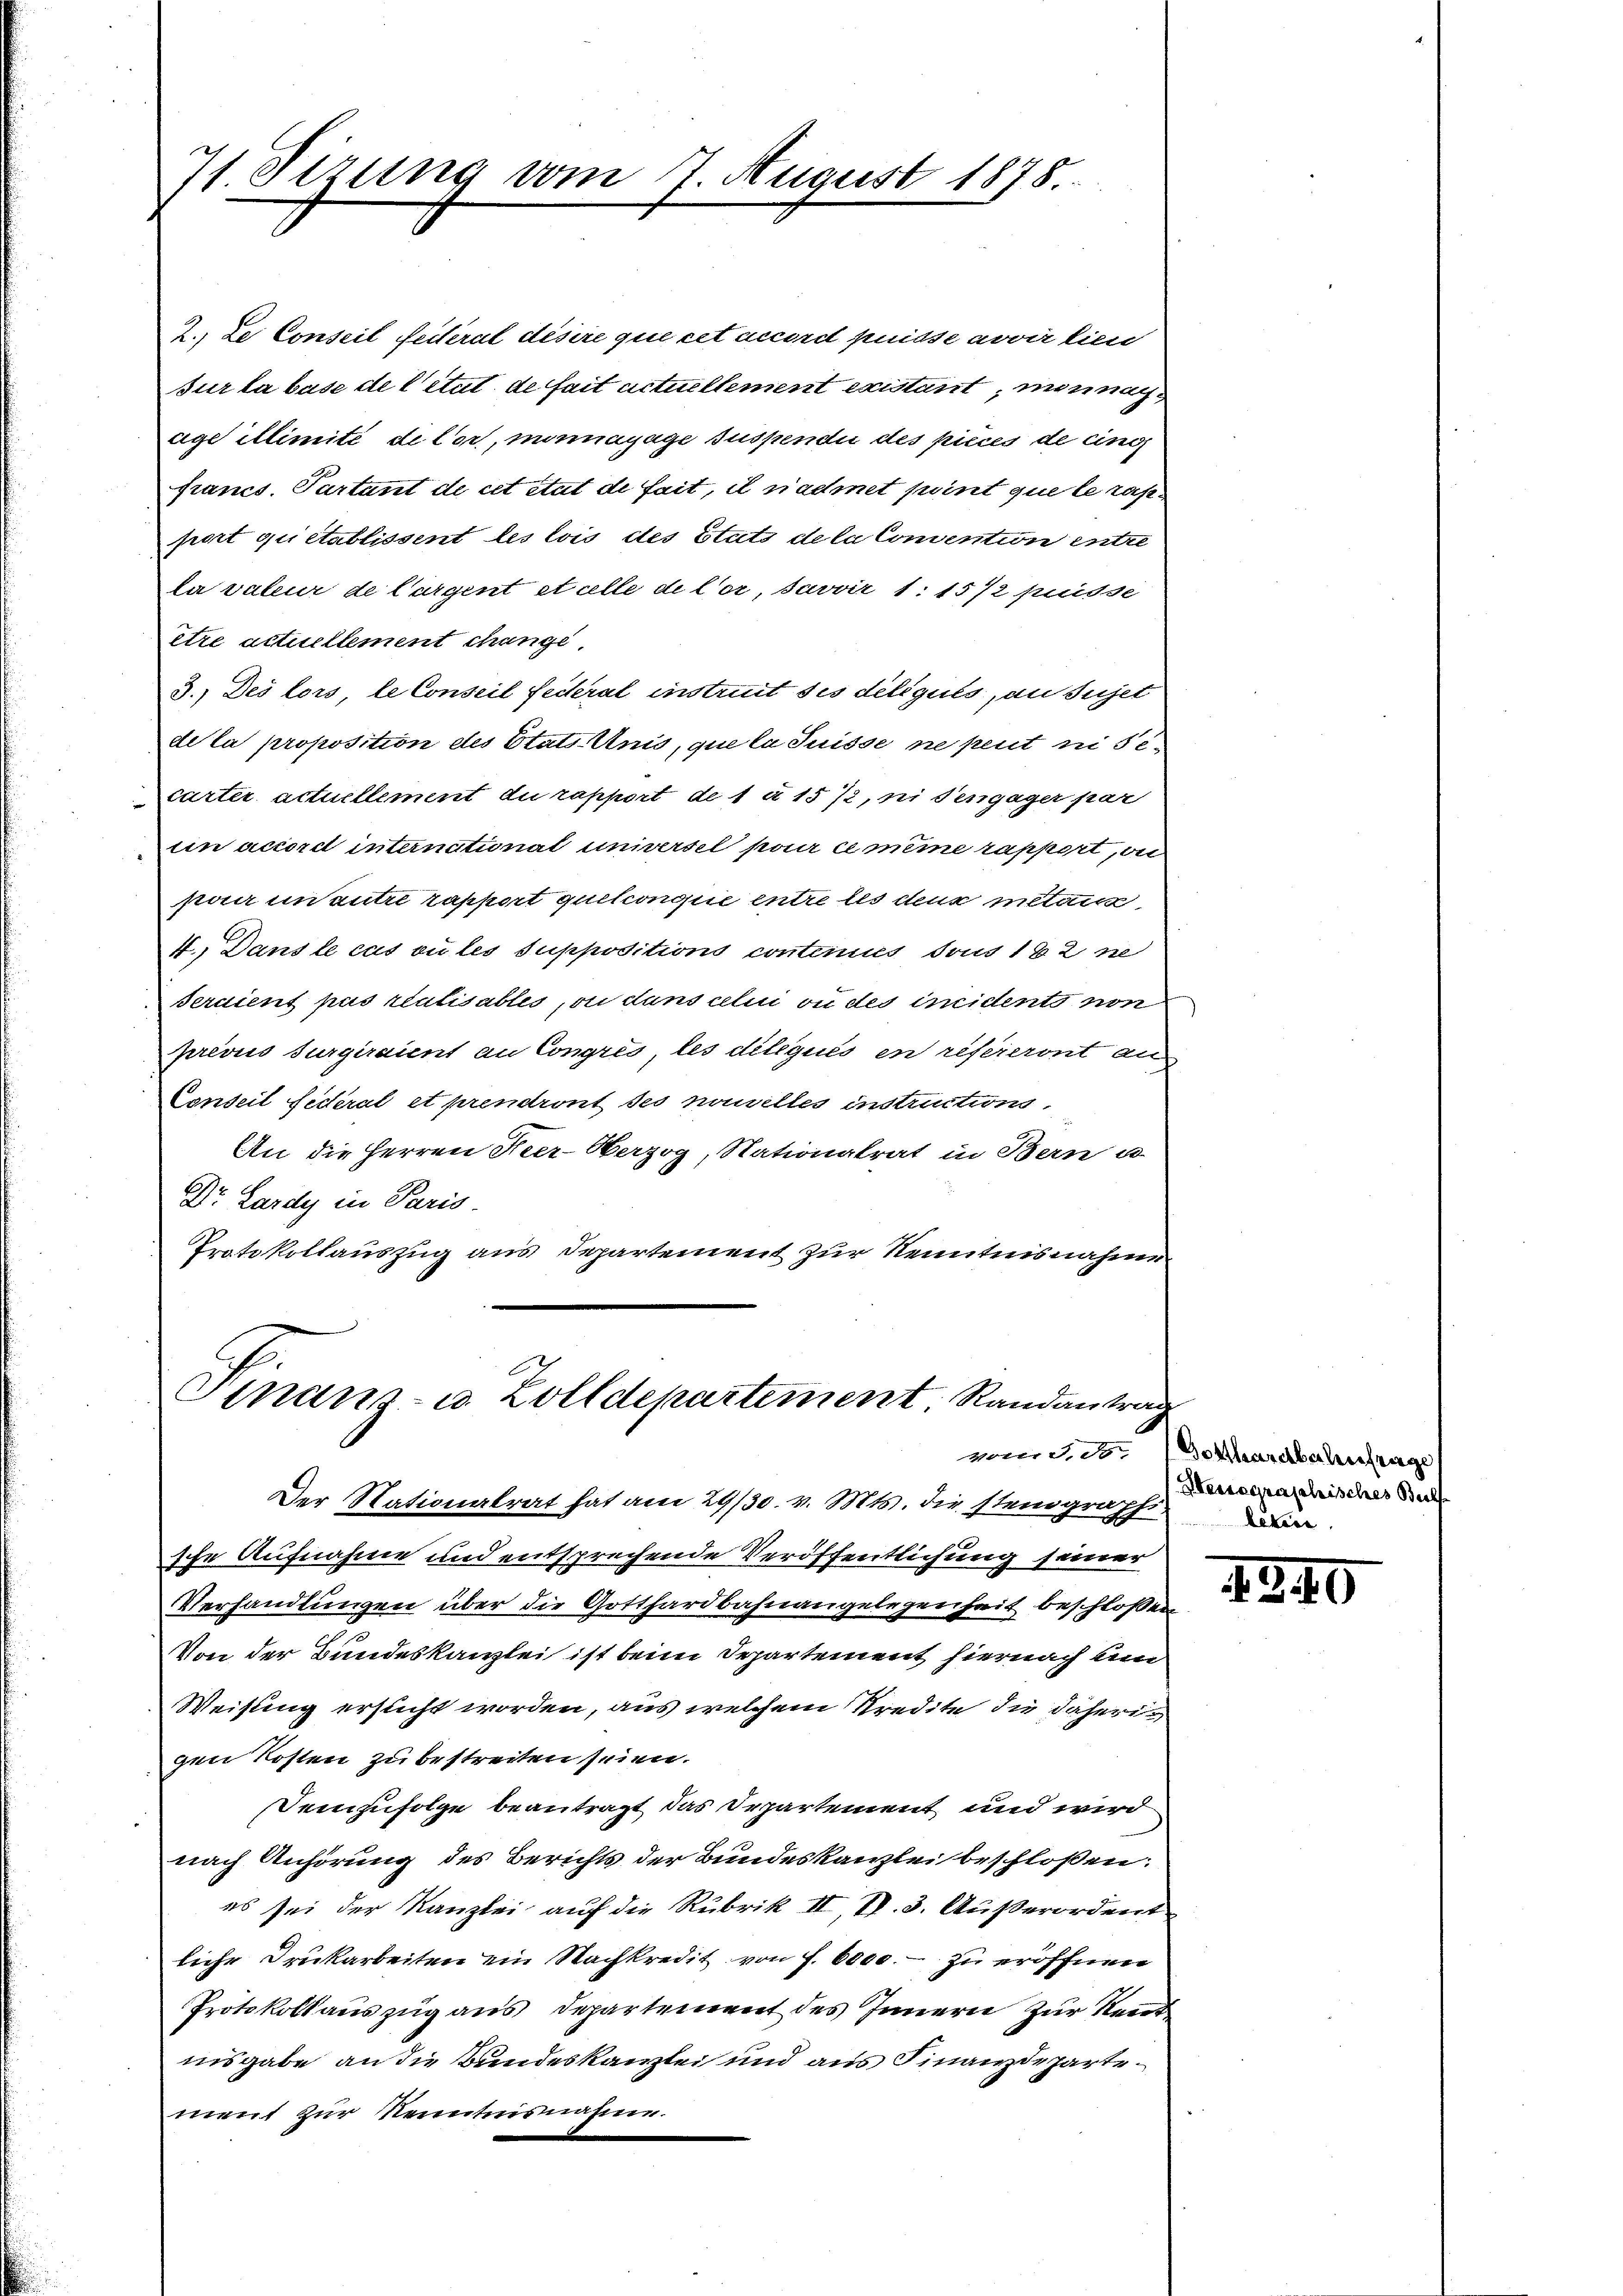
71. Sizung vom 7. August 1878

2. Le Conseil feiteral désire que cet accord puisse avoir lien
sur la base de litut de fait actuellement existant, mir nachuge illimité de Cor, minnayage suspendii des pieces de cing
francs. Partant de cet etut de fait, il nadmet point que le rasport qui établissent les lois des Stuts de la Convention entre
la valeur de Cargent et celle de Cor, Javvir 1: 1572 puisse
être actuellement change
3.) Des lors le Conseil feceral instruit ses délégués, an Sujet
de la proposition des Etats Anis, que la Suisse ne peut ni sicarter actuellement du rapport de 1 u 1572, ni dengager par
ein accord internationat universel par ce meine rapport, wei
pair unautre rapport quitconomie entre les deux metaus
4., Dans le cas ou les suppositions conteries dous 182 ne
seraient pas realisables, ou dans celui on des ineidents non
prévus surgiraient an Congres, les dileques en refereront au
Conseil fédéral et prendront des nouvelles instructions.
An die Herren Heer-Oberzog, Nationalrat in Bern u
Dr. Lardy in Paris.
Protokollauszug aus Departement zur Kenntnisnahme

Finan- u. Zolldepartement Randantrag

Der Nationalrat hat am 29/30. v. Mts. die stenograph
sche Aufnahme und entsprechende Veröffentlichung seiner
Verhandlungen über die Gotthardbahnangelegenheit beschloßen
Von der Bundeskanzlei ist beim Departement hiernach um
Weisung ersucht worden, aus welchem Kredite die daherigen Kosten zu bestreiten seien.
Seinzufolge beantragt das Departement und wird
nach Anhörung des Berichts der Bundeskanzlei beschloßen:
es sei der Kanzlei auf die Rubrik II, S. 3. Außerordent
liche Druckarbeiten ein Nachkredit von f. 6000. zu eröffnen
Protokollauszug aus Departement des Innern zur Rei
nisgabe an die Bundeskanzlei und aus Finanzdepartement zur Kenntnisnahme.

¬
von d. d. Gotthardbahnfrage
Heisegraphisches Berl.
lekene

1340